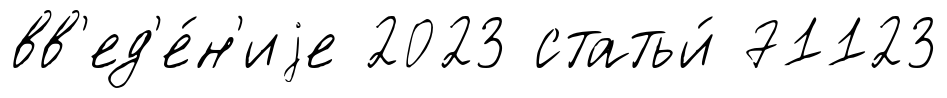
вв'ед'е́н'иjе 2023 статьи́ 71123